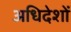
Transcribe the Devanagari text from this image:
अधिदेशों